Report on lock hospitals in British Burma
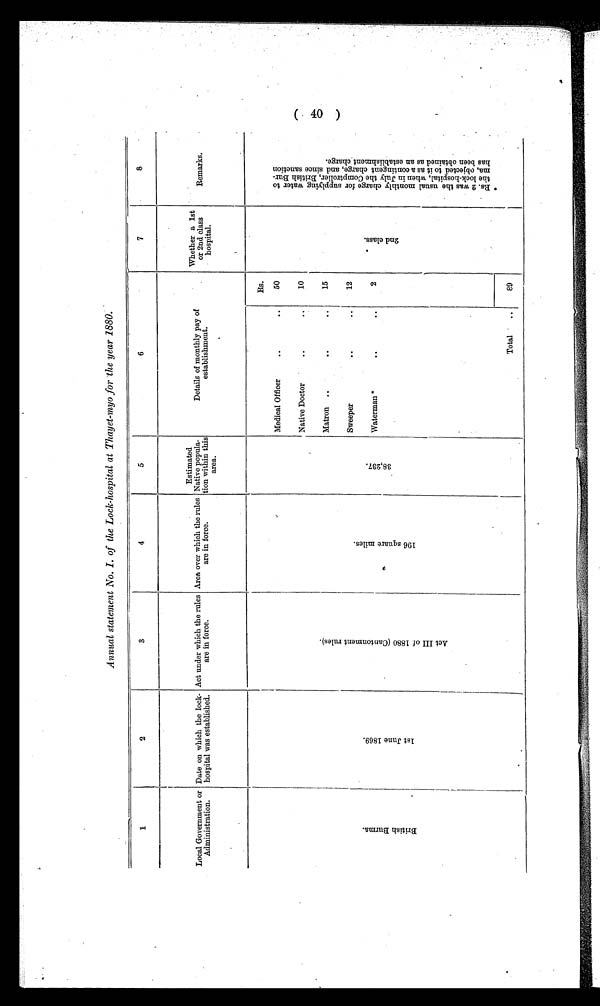
Annual statement No. I. of the Lock-hospital at Thayet-myo for the year 1880.
1
2
3
4
5
6
7
8
Local Government or
Administration.
Date on which the lock-
hospital was established.
Act under which the rules
are in force.
Area over which the rules
are in force.
Estimated
Native popula
tion within this
area.
Details of monthly pay of
establishment.
Whether a 1st
or 2nd class
hospital.
Remarks.
B r i t i s h B u r m a .
1 s t J u n e 1 8 6 9 .
A c t I I I o f 1 8 8 0 ( C a n t o n m e n t r u l e s ) .
1 9 6 s q u a r e m i l e s
.
3 8 , 2 3 7 .
Rs.
2 n d c l a s s .
* R s . 2 w a s t h e u s u a l m o n t h l y c h a r g e f o r s u p p l y i n g w a t e r t o t h e l o c k - h o s p i t a l , w h e n i n J u l y t h e C o m p t r o l l e r , B r i t i s h B u r m a , o b j e c t e d t o i t a s a c o n t i n g e n t c h a r g e , a n d s i n c e s a n c t i o n h a s b e e n o b t a i n e d a s a n e s t a b l i s h m e n t c h a r g e .
Medical Officer
50
Native Doctor
10
Matron
15
Sweeper
12
Waterman*
2
Total
89
(40)